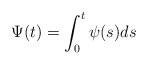
\begin{align*} \Psi(t) = \int_0^t \psi(s)ds\end{align*}